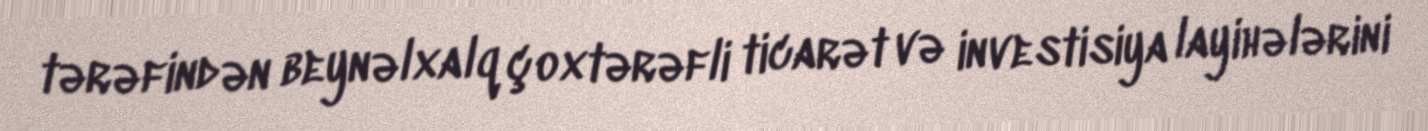
tərəfindən beynəlxalq çoxtərəfli ticarət və investisiya layihələrini